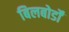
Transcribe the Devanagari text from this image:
बिलबोर्डों